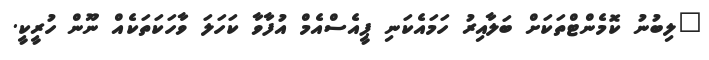
"ލިބުނު ކޮމެންޓްތަކަށް ބަލާއިރު ހަމައެކަނި ޕީއެސްއެމް އުފާވާ ކަހަލަ ވާހަކަތަކެއް ނޫން ހުރީކީ.